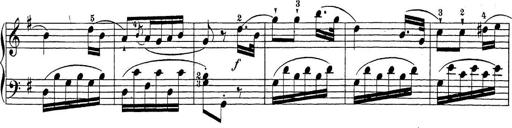
Title: Sonatina Album
Composer: Louis KÃ¶hler